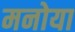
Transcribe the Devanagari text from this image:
मनोया